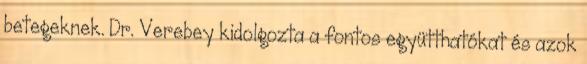
betegeknek. Dr. Verebey kidolgozta a fontos együtthatókat és azok